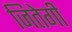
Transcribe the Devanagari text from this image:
जितेगी